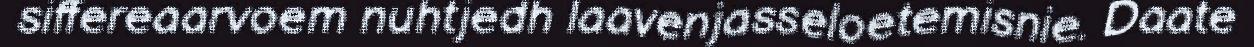
siffereaarvoem nuhtjedh laavenjasseloetemisnie. Daate